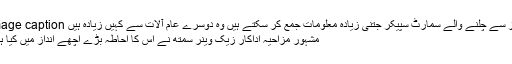
Image caption آواز سے چلنے والے سمارٹ سپیکر جتنی زیادہ معلومات جمع کر سکتے ہیں وہ دوسرے عام آلات سے کہیں زیادہ ہیں
مشہور مزاحیہ اداکار زیک وینر سمتھ نے اس کا احاطہ بڑے اچھے انداز میں کیا ہے۔